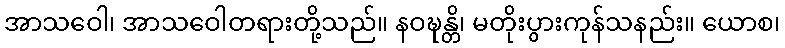
အာသဝေါ၊ အာသဝေါတရားတို့သည်။ နဝဍ္ဎန္တိ၊ မတိုးပွားကုန်သနည်း။ ယောစ၊